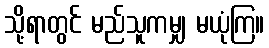
သို့ရာတွင် မည်သူကမျှ မယုံကြ။